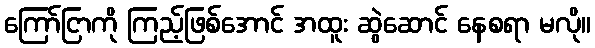
ကြော်ငြာကို ကြည့်ဖြစ်အောင် အထူး ဆွဲဆောင် နေစရာ မလို။